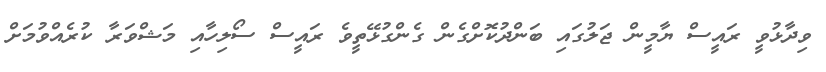
ވިދާޅުވީ ރައީސް ޔާމީން ޖަލުގައި ބަންދުކޮށްގެން ގެންގުޅޭތީވެ ރައީސް ސޯލިހާއި މަޝްވަރާ ކުރެއްވުމަށް